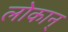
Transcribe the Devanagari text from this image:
लोकान्